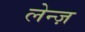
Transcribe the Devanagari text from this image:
लेन्ज़